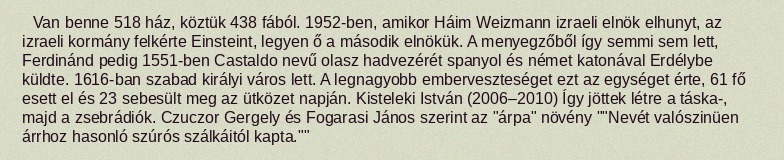
Van benne 518 ház, köztük 438 fából. 1952-ben, amikor Háim Weizmann izraeli elnök elhunyt, az izraeli kormány felkérte Einsteint, legyen ő a második elnökük. A menyegzőből így semmi sem lett, Ferdinánd pedig 1551-ben Castaldo nevű olasz hadvezérét spanyol és német katonával Erdélybe küldte. 1616-ban szabad királyi város lett. A legnagyobb emberveszteséget ezt az egységet érte, 61 fő esett el és 23 sebesült meg az ütközet napján. Kisteleki István (2006–2010) Így jöttek létre a táska-, majd a zsebrádiók. Czuczor Gergely és Fogarasi János szerint az "árpa" növény ""Nevét valószinüen árrhoz hasonló szúrós szálkáitól kapta.""